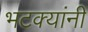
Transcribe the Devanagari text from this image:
भटक्यांनी